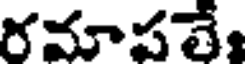
రమాపతే